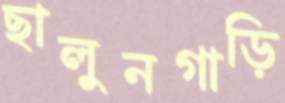
ছালুনগাড়ি